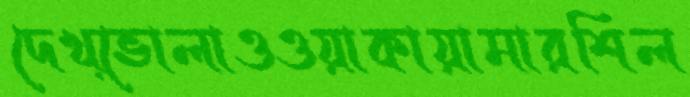
দেখ্ভোলাওওয়াকায়ামারশিল